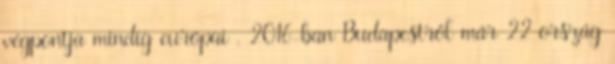
végpontja mindig európai . 2016-ban Budapestről már 22 ország